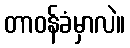
တာဝန်ခံမှာလဲ။